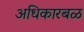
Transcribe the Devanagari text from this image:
अधिकारबळ